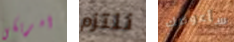
امريكى نلتزم سأعوضك